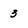
Character: 3